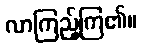
လာကြည့်ကြ၏။